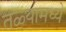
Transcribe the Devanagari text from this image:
तळ्यामध्ये